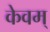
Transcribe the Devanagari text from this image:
केवम्